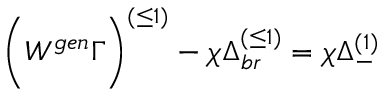
\biggl ( W ^ { g e n } \Gamma \biggr ) ^ { ( \leq 1 ) } - \chi \Delta _ { b r } ^ { ( \leq 1 ) } = \chi \Delta _ { - } ^ { ( 1 ) }